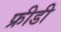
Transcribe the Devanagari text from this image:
फ्रीडी